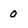
Character: 0